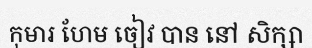
កុមារ ហែម ចៀវ បាន នៅ សិក្សា